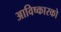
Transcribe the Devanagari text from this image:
आविष्कारको